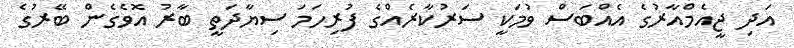
އަދި ޖީއެމްއާރުގެ އެއްބަސް ވުމަކީ ސަރުކާރެއްގެ ފުރިހަމަ ސިޔާދަތީ ބާރު އޮވެގެން ބޭރުގެ